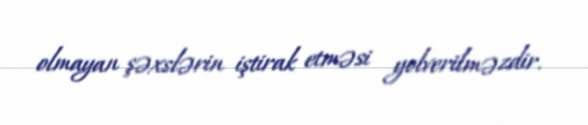
olmayan şəxslərin iştirak etməsi yolverilməzdir.